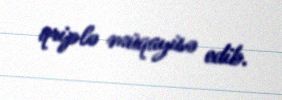
qriplə müqayisə edib.